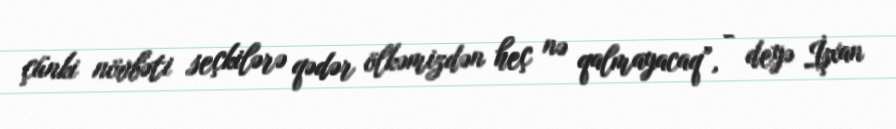
çünki növbəti seçkilərə qədər ölkəmizdən heç nə qalmayacaq”, - deyə İşxan